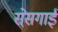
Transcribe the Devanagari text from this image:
सेसगाई